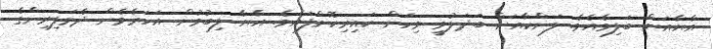
އާޔާއަށް ބަލިވެއެވެ. ލަންކާއަށް ބަދަލުވީ ވިހަން ކައިރިކޮށްފައެވެ. އާޔާ ލިބުމުން އަހަރެމެން ދެމަފިރިންގެ